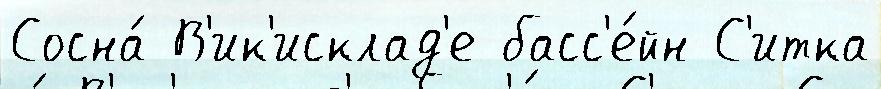
Сосна́ В'ик'исклад'е басс'е́йн С'итка